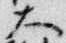
大